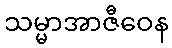
သမ္မာအာဇီဝေန